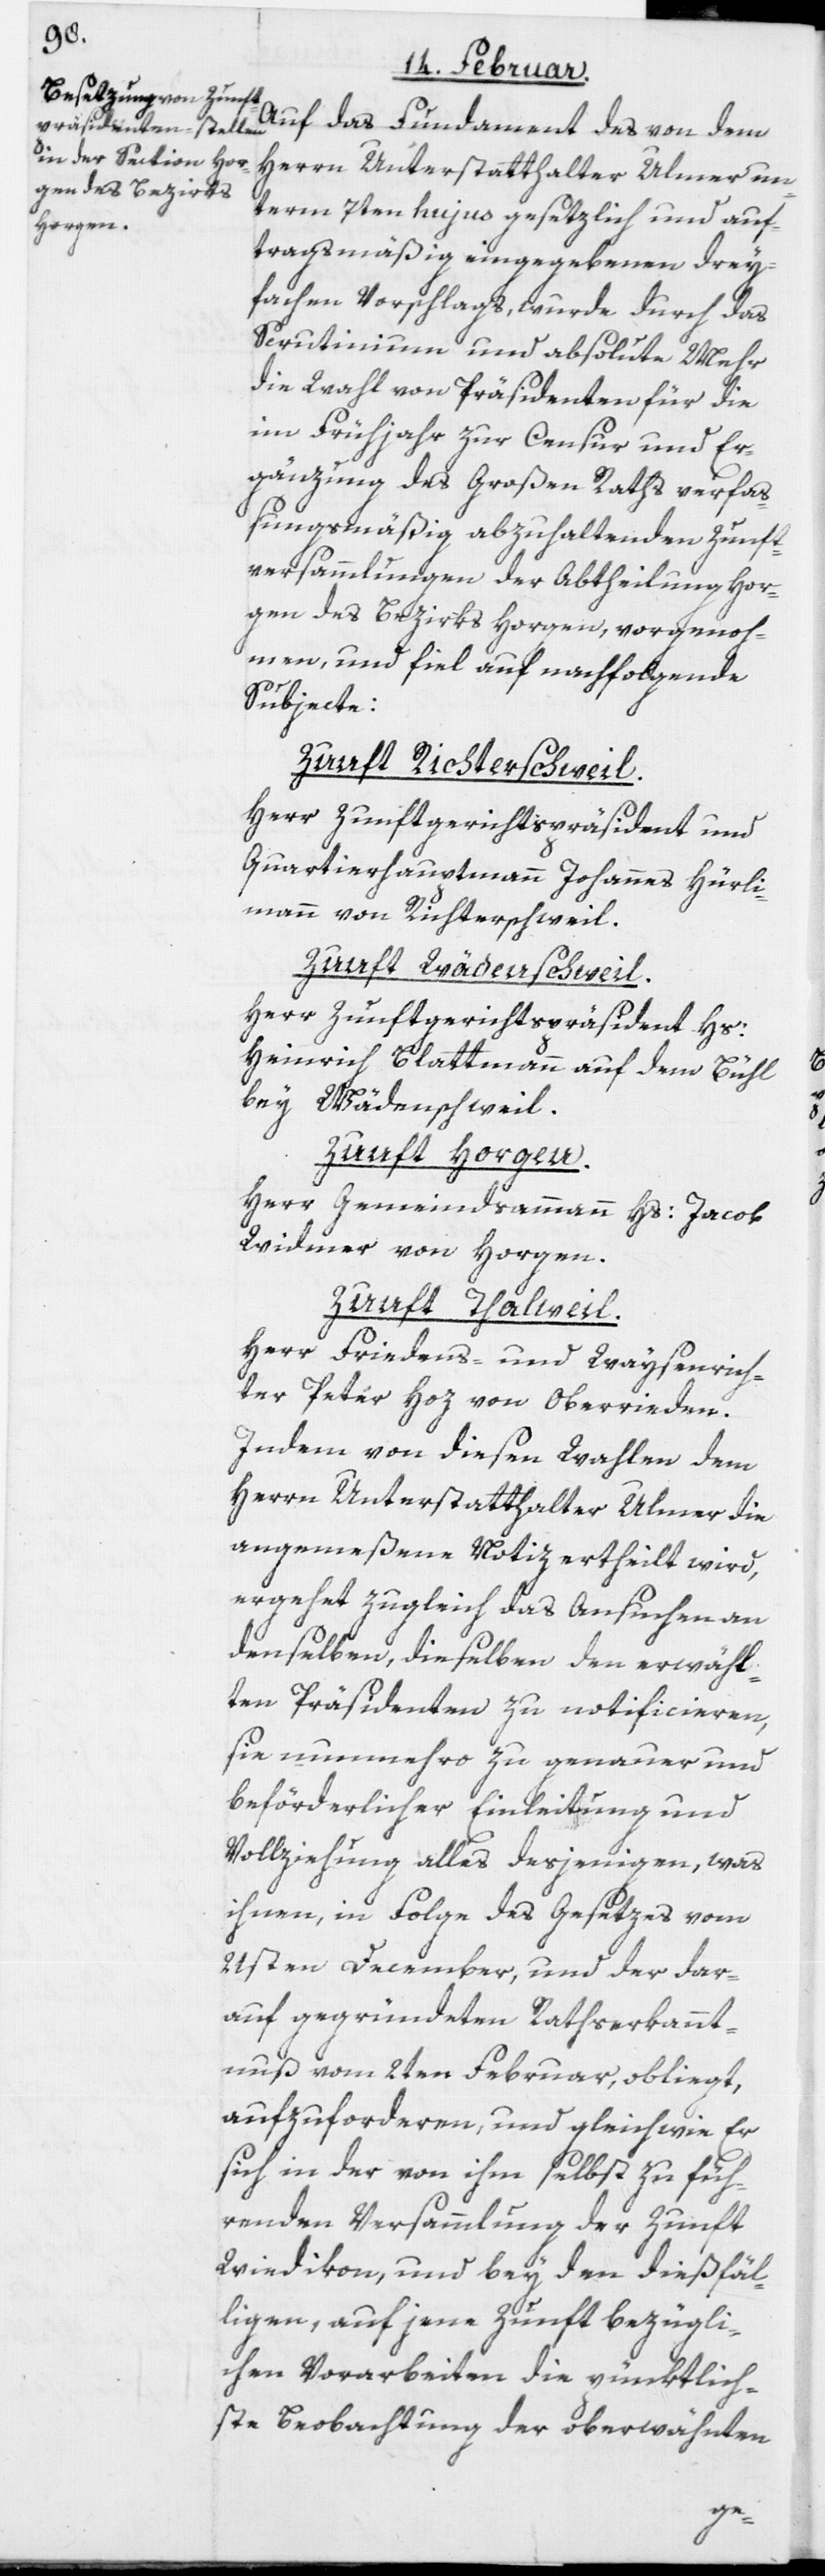
Auf das Fundament des von dem
Herrn Unterstatthalter Ulmer un¬
term 7ten hujus gesetzlich und auf¬
tragsmäßig eingegebenen drey¬
fachen Vorschlags, wurde durch das
Scrutinium und absolute Mehr
die Wahl von Präsidenten für die
im Frühjahr zur Censur und Er¬
gänzung des Großen Raths verfa¬
ßungsmäßig abzuhaltenden Zunft¬
versammlungen der Abtheilung Hor¬
gen des Bezirks Horgen vorgenoh¬
men, und fiel auf nachfolgende
Subjecte:
Zunft Wädenschweil.
Herr Zunftgerichtspräsident und
Quartierhauptmann Johannes Hürli¬
mann von Richterschweil.
Herr Zunftgerichtspräsident Hs:
Heinrich Blattmann auf dem Bühl
bey Wädenschweil.
Zunft Horgen.
Herr Gemeindsammann
Hs: Jacob
Widmer von Horgen.
Zunft Thalweil.
Herr Friedens- und Waisenrich¬
ter Peter Hoz von Oberrieden.
Indem von diesen Wahlen dem
Herrn Unterstatthalter Ulmer die
angemeßene Notiz ertheilt wird,
ergehet zugleich das Ansuchen an
denselben, dieselben den erwähl¬
ten Präsidenten zu notificieren,
sie nunmehro zu genauer und
beförderlicher Einleitung und
Vollziehung alles desjenigen, was
ihnen, in Folge des Gesetzes vom
21sten December, und der dar¬
auf gegründeten Rathserkannt¬
nuß vom 2ten Februar, obliegt,
aufzuforderen und gleich wie Er
sich in der von ihm selbst zu füh¬
renden Versammlung der Zunft
Wiedikon, und bey den dießfäl¬
ligen, auf jene Zunft bezügli¬
chen Vorarbeiten die pünktlich¬
ste Beobachtung der oberwähnten